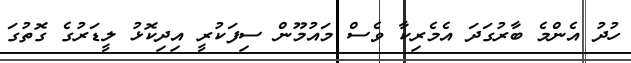
ހުދު އެންމެ ބާރުގަދަ އެމެރިކާ ވެސް މައުމޫން ސިފަކުރީ އިދިކޮޅު ލީޑަރުގެ ގޮތުގަ